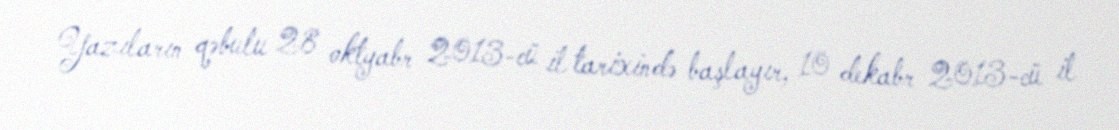
Yazıların qəbulu 28 oktyabr 2013-cü il tarixində başlayır, 10 dekabr 2013-cü il